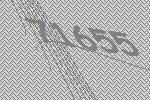
71655